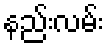
နည်းလမ်း